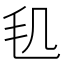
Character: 𣬠